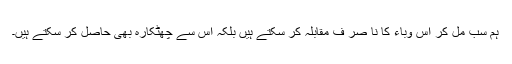
ہم سب مل کر اس وباء کا نا صر ف مقابلہ کر سکتے ہیں بلکہ اس سے چھٹکارہ بھی حاصل کر سکتے ہیں۔